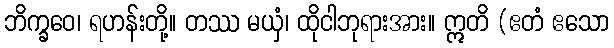
ဘိက္ခဝေ၊ ရဟန်းတို့။ တဿ မယှံ၊ ထိုငါဘုရားအား။ ဣတိ (ဧတံ ဧသော